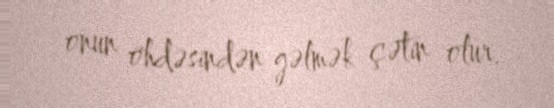
onun öhdəsindən gəlmək çətin olur.